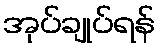
အုပ်ချုပ်ရန်